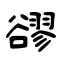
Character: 豂